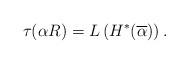
LaTeX: \begin{align*}\tau(\alpha R)=L\left(H^{*}(\overline{\alpha})\right).\end{align*}